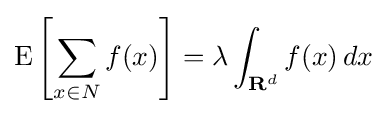
\operatorname {E} \left[\sum _{x\in N}f(x)\right]=\lambda \int _{{\textbf {R}}^{d}}f(x)\,dx